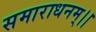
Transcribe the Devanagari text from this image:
समाराधनम्।।